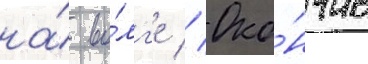
на́ во́лг'е // Око́нчив